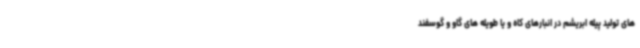
های تولید پیله ابریشم در انبارهای کاه و یا طویله های گاو و گوسفند